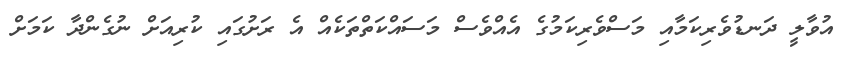
އުވާލީ ދަނޑުވެރިކަމާއި މަސްވެރިކަމުގެ އެއްވެސް މަސައްކަތްތަކެއް އެ ރަށުގައި ކުރިއަށް ނުގެންދާ ކަމަށް